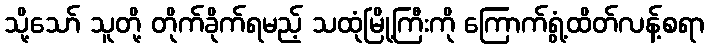
သို့သော် သူတို့ တိုက်ခိုက်ရမည့် သထုံမြို့ကြီးကို ကြောက်ရွံ့ထိတ်လန့်စရာ